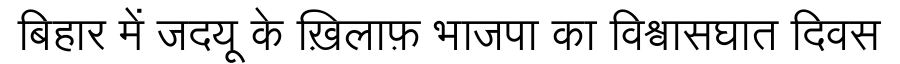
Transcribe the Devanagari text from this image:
बिहार में जदयू के ख़िलाफ़ भाजपा का विश्वासघात दिवस